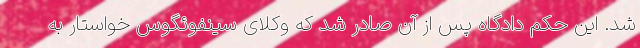
شد. این حکم دادگاه پس از آن صادر شد که وکلای سینفوئگوس خواستار به